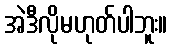
အဲဒီလိုမဟုတ်ပါဘူး။